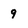
Character: 9